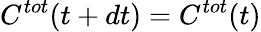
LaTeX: C^{tot}(t+dt)=C^{tot}(t)